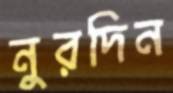
নুরদিন